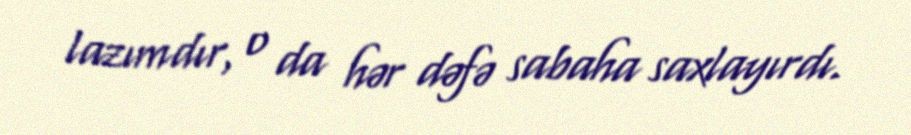
lazımdır, o da hər dəfə sabaha saxlayırdı.